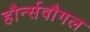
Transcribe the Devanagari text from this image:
हौर्न्सवौगल